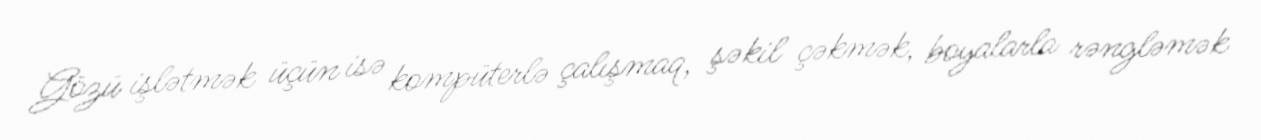
Gözü işlətmək üçün isə kompüterlə çalışmaq, şəkil çəkmək, boyalarla rəngləmək